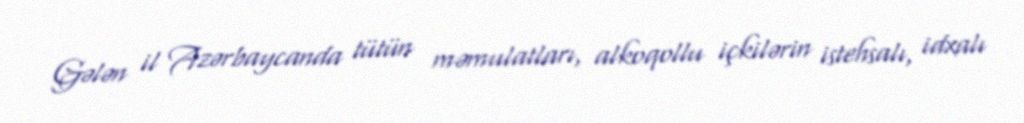
Gələn il Azərbaycanda tütün məmulatları, alkoqollu içkilərin istehsalı, idxalı